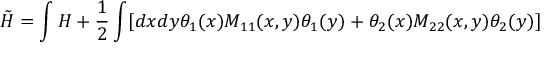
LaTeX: \tilde { H } = \int H + { \frac { 1 } { 2 } } \int [ d x d y \theta _ { 1 } ( x ) M _ { 1 1 } ( x , y ) \theta _ { 1 } ( y ) + \theta _ { 2 } ( x ) M _ { 2 2 } ( x , y ) \theta _ { 2 } ( y ) ]